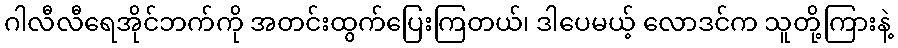
ဂါလီလီရေအိုင်ဘက်ကို အတင်းထွက်ပြေးကြတယ်၊ ဒါပေမယ့် လောဒင်က သူတို့ကြားနဲ့